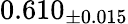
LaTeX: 0.610_{\pm 0.015}